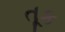
તૂક